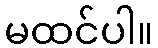
မထင်ပါ။